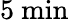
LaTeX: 5~\mathrm{min}